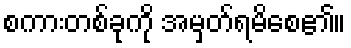
စကားတစ်ခုကို အမှတ်ရမိစေ၏။